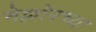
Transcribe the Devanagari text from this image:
नेल्लोरच्या